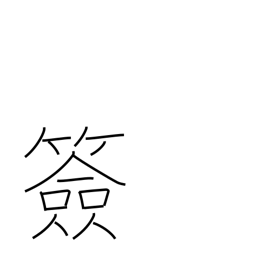
Meaning: signature